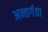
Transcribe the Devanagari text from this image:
अन्तर्गता